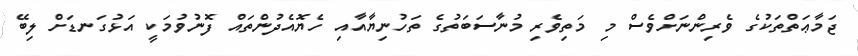
ޖަމާޢަތްތަކުގެ ވެރިންނަށްވެސް މި މަތިވެރި މުނާސަބަތުގެ ތަހުނިޔާއާއި ހެޔޮއެދުންތައް ފޮނުވުމަކީ އަޅުގަނޑަށް ލިބޭ